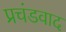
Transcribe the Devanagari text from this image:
प्रचंडवाद